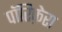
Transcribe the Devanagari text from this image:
पॉरिफ़ेरा